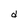
Character: d